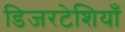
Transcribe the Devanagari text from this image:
डिजरटेशियाँ